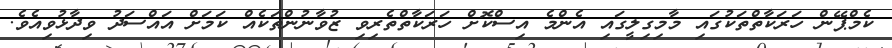
ކެމްޕޭން ހަރަކާތްތަކުގައި މާމިގިލީގައި އެންމެ އިސްކޮށް ހަރަކާތްތެރިވި ޒުވާނުންތަކެއް ކަމަށް އައްސަދު ވިދާޅުވިއެވެ.